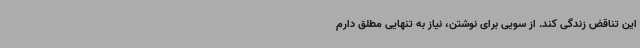
این تناقض زندگی کند. از سویی برای نوشتن، نیاز به تنهایی مطلق دارم